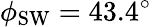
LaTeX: \phi_{\mathrm{SW}}=43.4^{\circ}